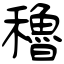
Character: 穭